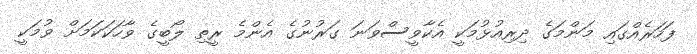
ފަހަރެއްގައި މަންމަގެ ދިރިއުޅުމަކީ އެކާވީސްވަނަ ގަރުނުގެ އެންމެ ރީތި ލޯބީގެ ވާހަކަކަމަށް ވުމަކީ